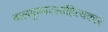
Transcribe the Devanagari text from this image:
बालकुमारसाहित्यकार